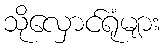
သိုလှောင်ရုံများ